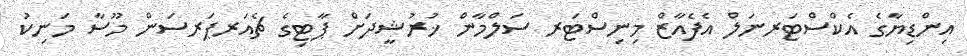
އިންޑިޔާގެ އެކްސްޓަރނަލް އެފެއާޒް މިނިސްޓަރ ސަލްމާން ޚުރުޝީދަށް ޕާޓިގެ ޗެއަރޕަރސަން މޫސާ މަނިކު